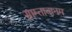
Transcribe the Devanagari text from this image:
साम्तावानम